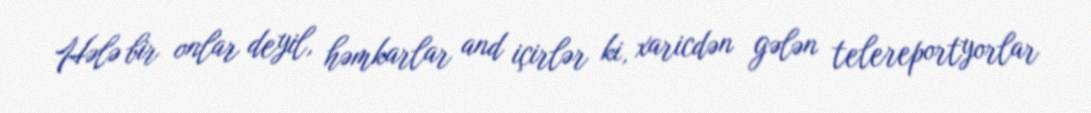
Hələ bir onlar deyil, həmkarlar and içirlər ki, xaricdən gələn telereportyorlar